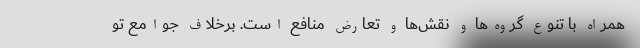
همراه با تنوع گروه‌ها و نقش‌ها و تعارض منافع است. برخلاف جوامع تو